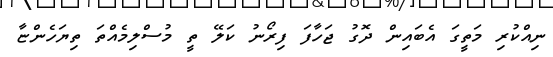
ނިއްކުރި މަތީގަ އެބައިން ދޮގު ޖަހާފަ ފިރޯނު ކަލޭ ތީ މުސްލިމެއްތަ ތިޔަހެންޏާ